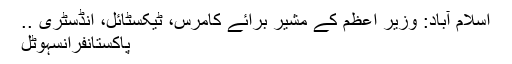
اسلام آباد: وزیر اعظم کے مشیر برائے کامرس، ٹیکسٹائل، انڈسٹری ..
پاکستانفرانسہوٹل